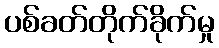
ပစ်ခတ်တိုက်ခိုက်မှု